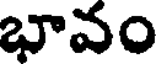
భావం